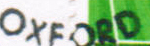
OXFORD